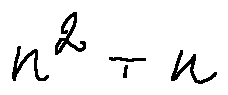
n ^ { 2 } + n